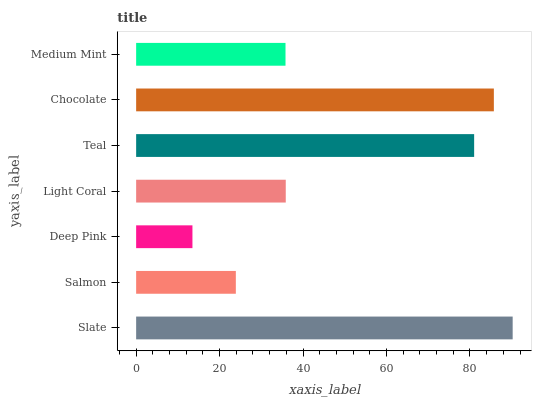
| yaxis_label | bars |
 | --- | --- |
 | Slate | 90.2 |
 | Salmon | 23.9 |
 | Deep Pink | 13.5 |
 | Light Coral | 35.9 |
 | Teal | 81 |
 | Chocolate | 85.7 |
 | Medium Mint | 35.8 |